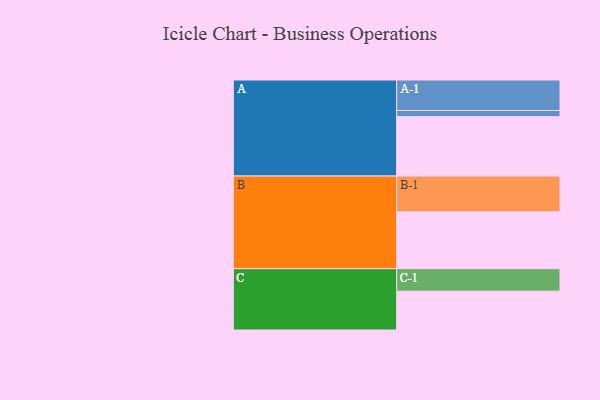
{"axis": {"x": "Segment", "y": "Value"}, "legend": ["", "A", "B", "C"], "data": [{"x": "A", "y": 491, "type": ""}, {"x": "B", "y": 470, "type": ""}, {"x": "C", "y": 321, "type": ""}, {"x": "A-1", "y": 252, "type": "A"}, {"x": "A-2", "y": 51, "type": "A"}, {"x": "B-1", "y": 296, "type": "B"}, {"x": "C-1", "y": 186, "type": "C"}]}